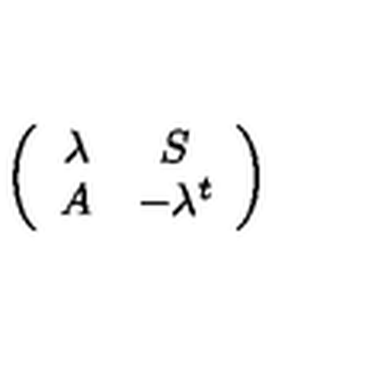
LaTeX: \left( \begin{array} { c c } { \lambda } & { S } \\ { A } & { - \lambda ^ { t } } \\ \end{array} \right)